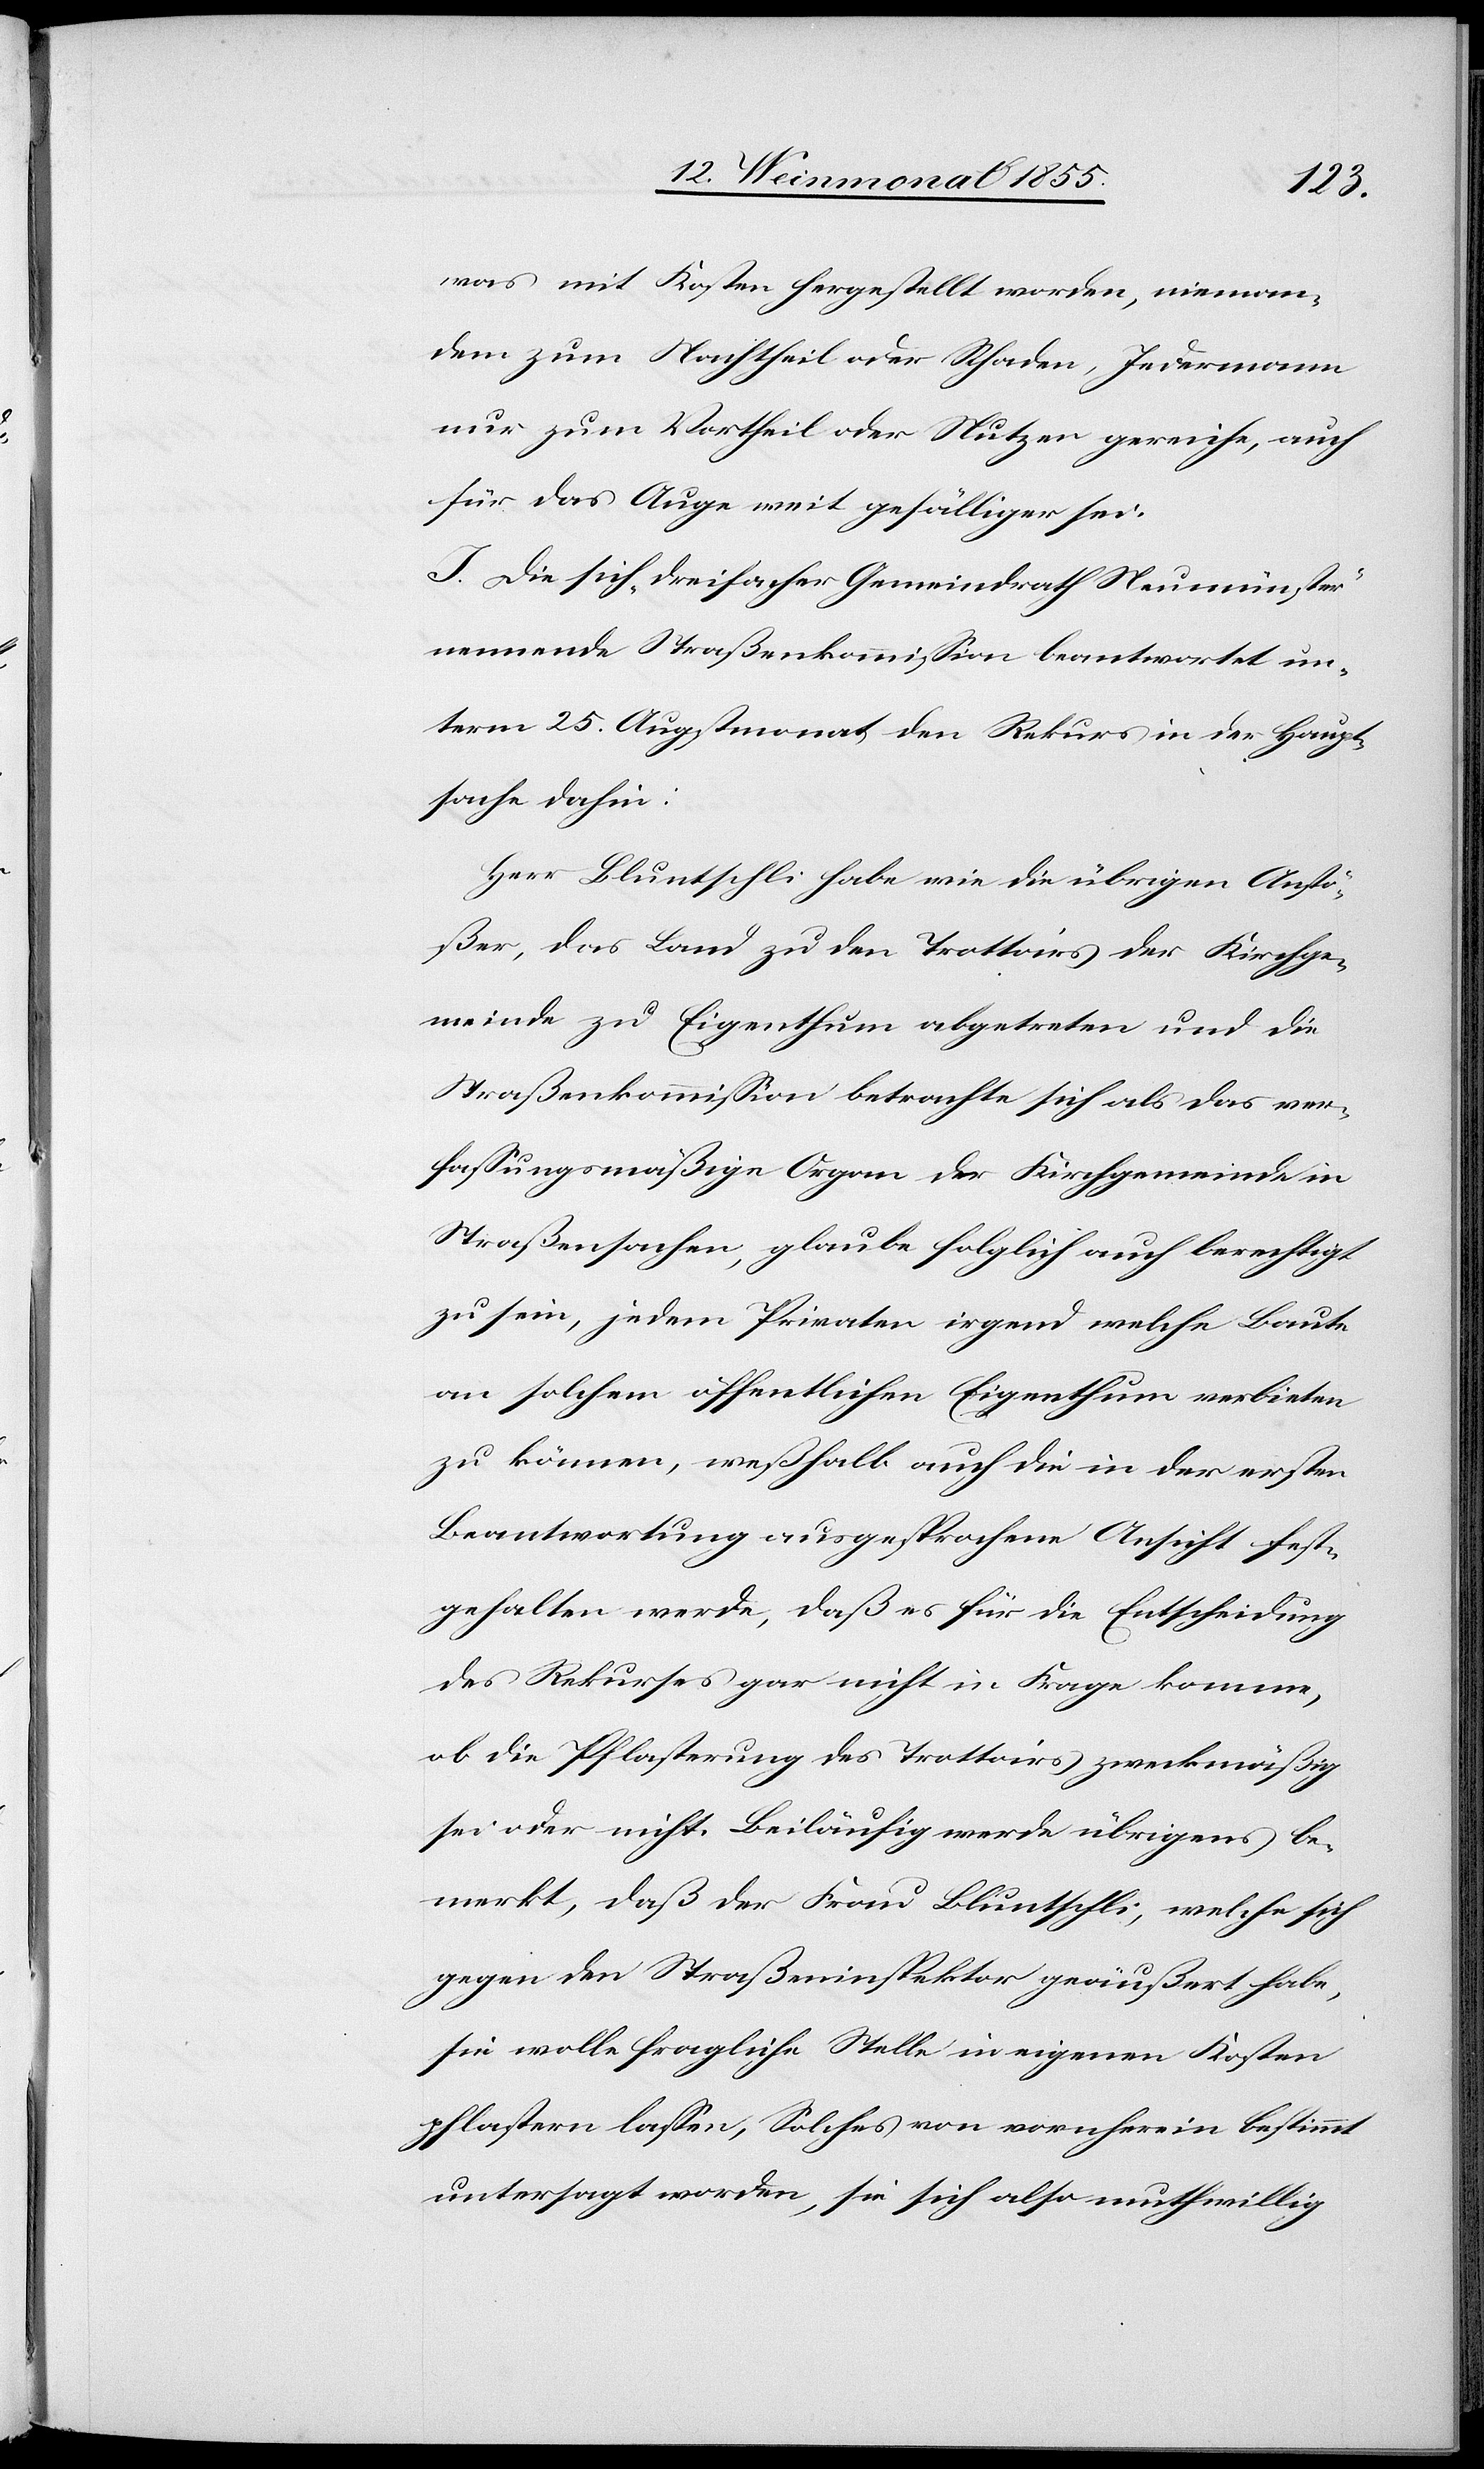
was mit Kosten hergestellt worden, nieman¬
dem zum Nachtheil oder Schaden, Jedermann
nur zum Vortheil oder Nutzen gereiche, auch
für das Auge weit gefälliger sei.
I. Die sich „dreifacher Gemeindrath Neumünster“
nennende Straßenkommission beantwortet un¬
term 25. Augstmonat den Rekurs in der Haupt¬
sache dahin:
Herr Bluntschli habe wie die übrigen Anstö¬
ßer, das Land zu den Trottoirs der Kirchge¬
meinde zu Eigenthum abgetreten und die
Straßenkommission betrachte sich als das ver¬
fassungsmäßige Organ der Kirchgemeinde in
Straßensachen, glaube folglich auch berechtigt
zu sein, jedem Privaten irgend welche Baute
an solchem öffentlichen Eigenthum verbieten
zu können, weßhalb auch die in der ersten
Beantwortung ausgesprochene Ansicht fest¬
gehalten werde, daß es für die Entscheidung
des Rekurses gar nicht in Frage komme,
ob die Pflasterung des Trottoirs zweckmäßig
sei oder nicht. Beiläufig werde übrigens be¬
merkt, daß der Frau Bluntschli, welche sich
gegen den Straßeninspektor geäußert habe,
sie wolle fragliche Stelle in eigenen Kosten
pflastern lassen, Solches von vornherein bestimmt
untersagt worden, sie sich also muthwillig